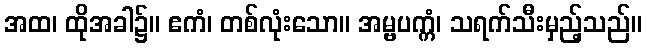
အထ၊ ထိုအခါ၌။ ဧကံ၊ တစ်လုံးသော။ အမ္ဗပက္ကံ၊ သရက်သီးမှည့်သည်။